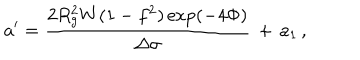
a ^ { \prime } = \frac { 2 R _ { g } ^ { 2 } W ( 1 - f ^ { 2 } ) \exp ( - 4 \Phi ) } { \Delta \sigma } \, + \, a _ { 1 } \, ,